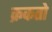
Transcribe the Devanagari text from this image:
क्रकतो